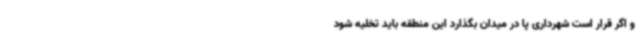
و اگر قرار است شهرداری پا در میدان بگذارد این منطقه باید تخلیه شود